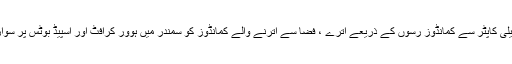
اس آپریشن کے لیے سی کنگ ہیلی کاپٹر سے کمانڈوز رسوں کے ذریعے اترے ، فضا سے اترنے والے کمانڈوز کو سمندر میں ہوور کرافٹ اور اسپیڈ بوٹس پر سوار جوانوں نے معاونت فراہم کی۔